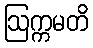
ဩက္ကမတိ